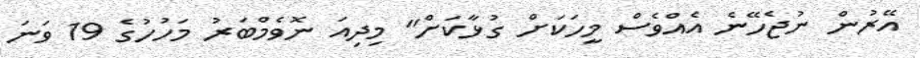
އޭރުން ނުޖެހޭނެ އެއްވެސް މީހަކަށް ގުޅާކަށް" މިދިއަ ނޮވެމްބަރު މަހުހުގެ 19 ވަނަ